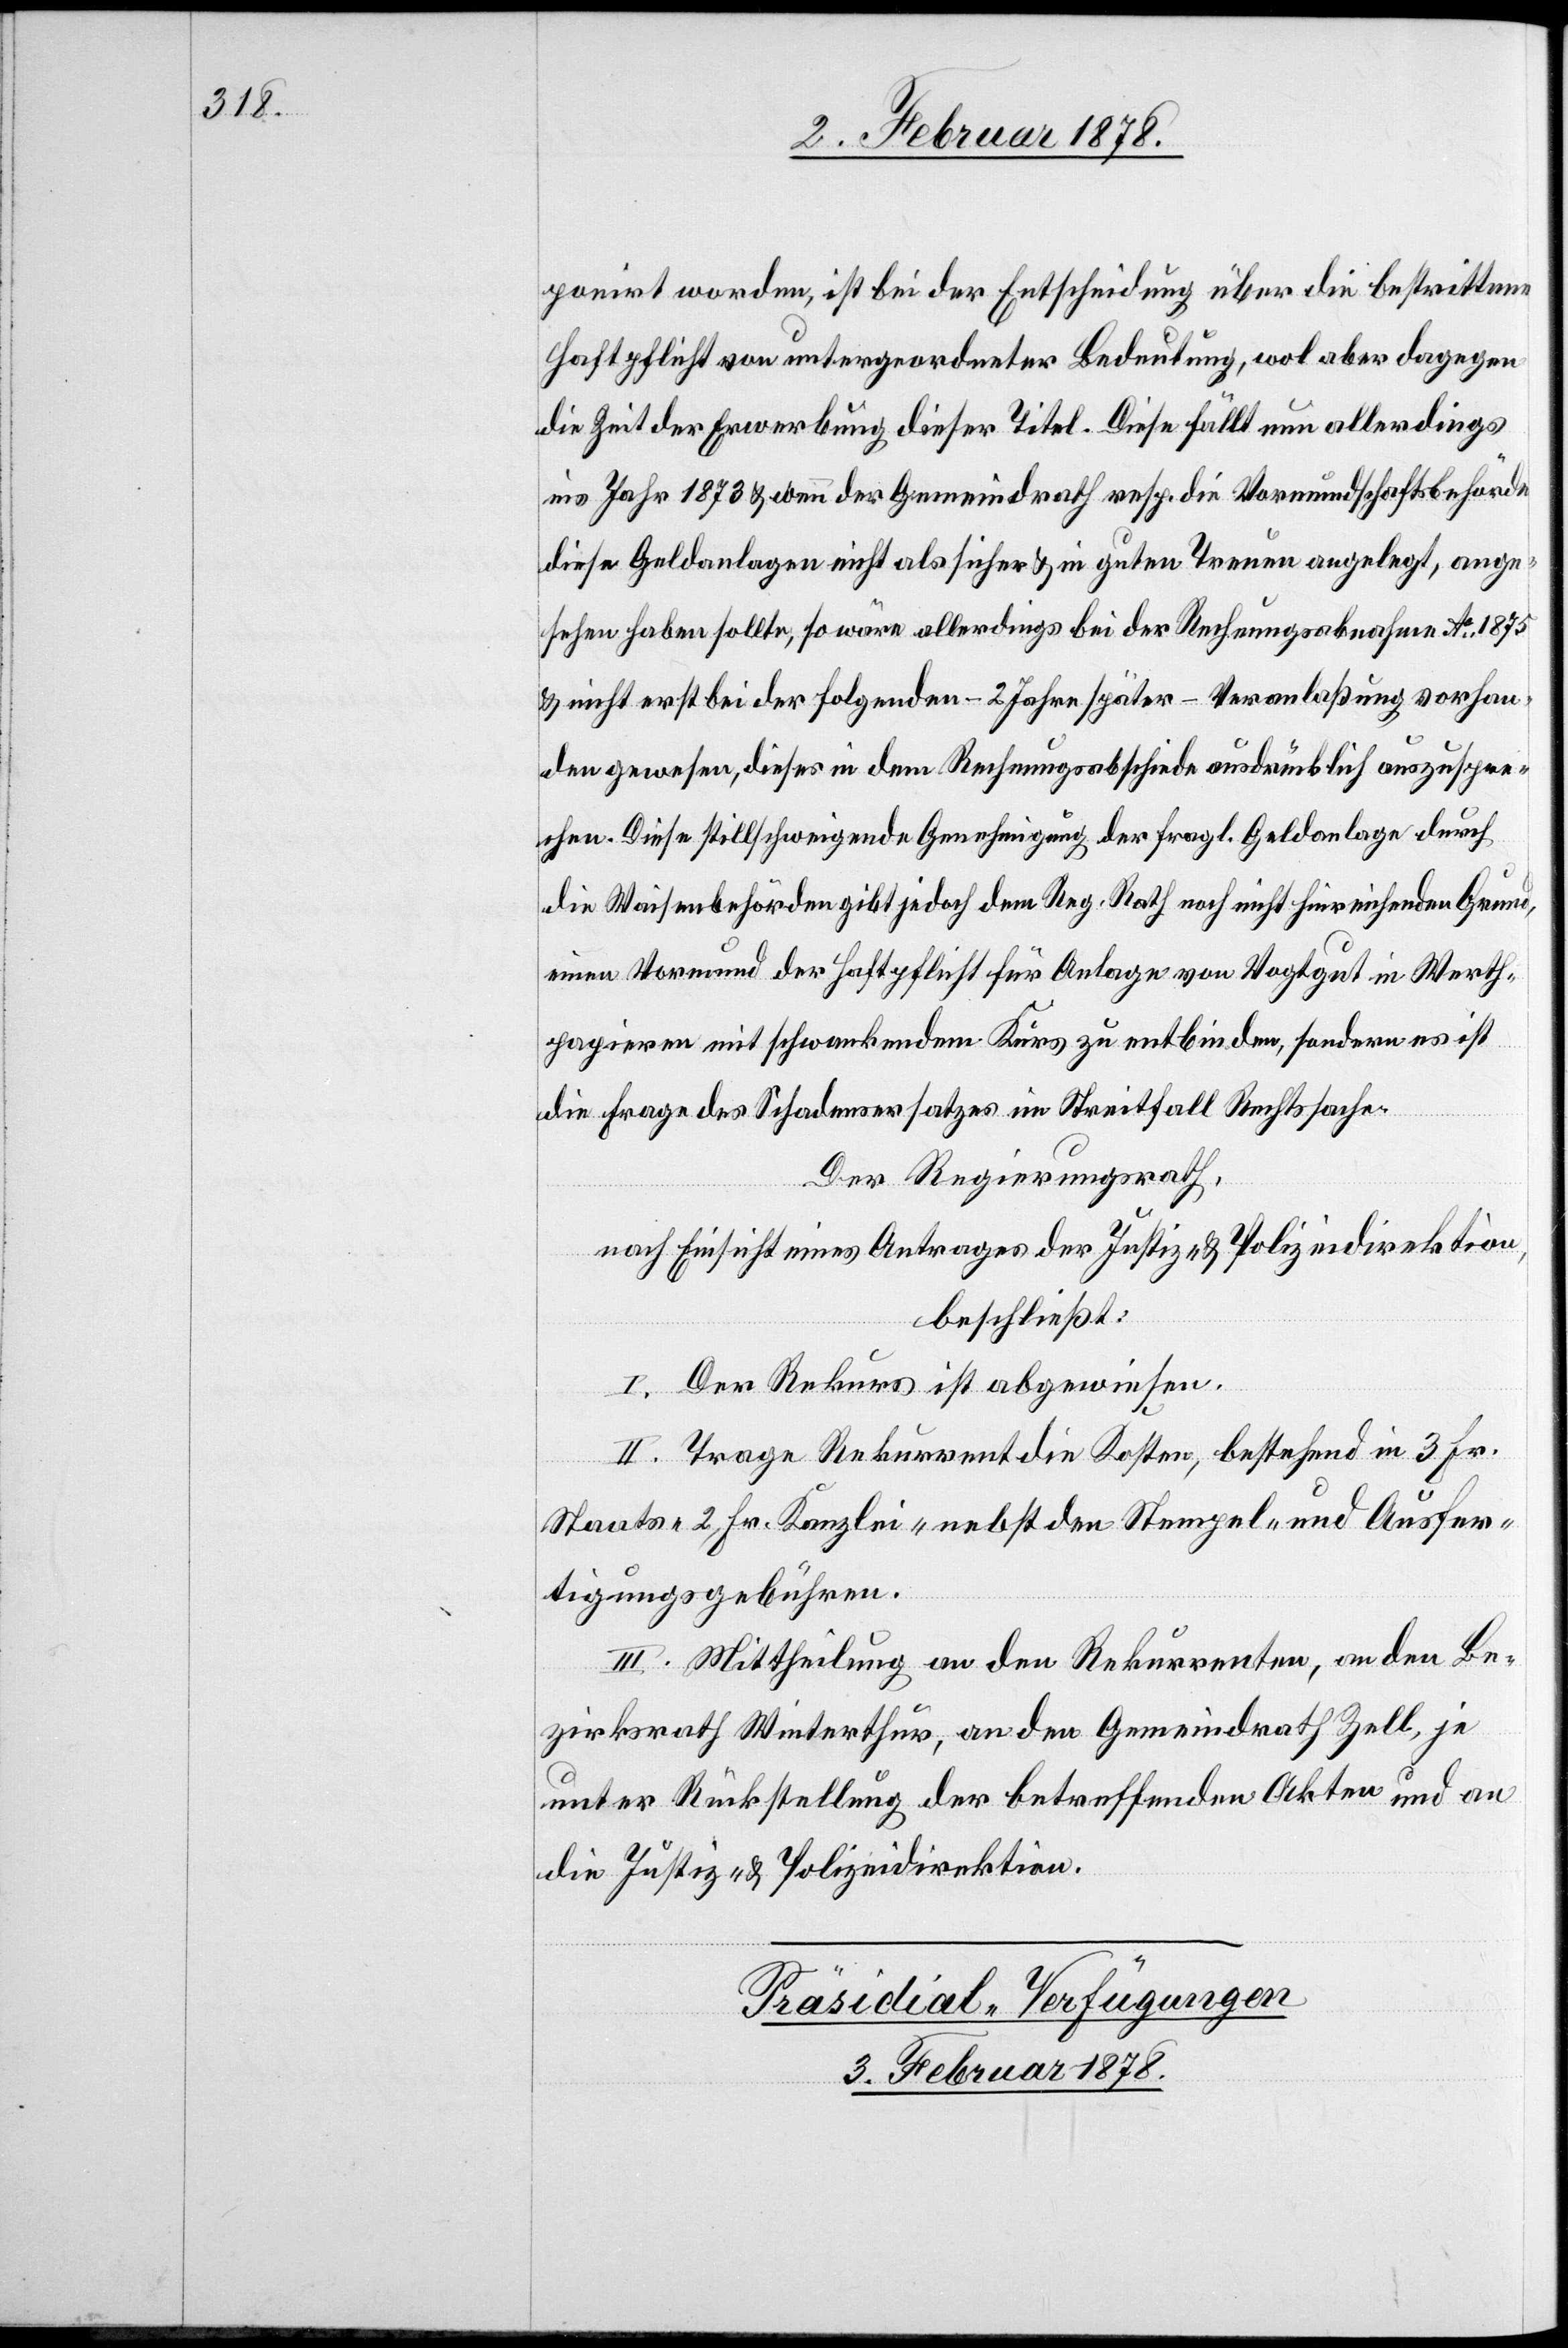
ponirt worden, ist bei der Entscheidung über die bestrittene
Haftpflicht von untergeordneter Bedeutung, wol aber dagegen
die Zeit der Erwerbung dieser Titel. Diese fällt nun allerdings
ins Jahr 1873 & wenn der Gemeindrath resp. die Vormundschaftsbehörde
diese Geldanlagen nicht als sicher & in guten Treuen angelegt, ange¬
sehen haben sollte, so wäre allerdings bei der Rechnungsabnahme Ao. 1875
& nicht erst bei der folgenden – 2 Jahre später – Veranlaßung vorhan¬
den gewesen, dieses in dem Rechnungsabschiede ausdrücklich auszuspre¬
chen. Diese stillschweigende Genehmigung der fragl. Geldanlage durch
die Waisenbehörden gibt jedoch dem Reg. Rath noch nicht hinreichenden Grund,
einen Vormund der Haftpflicht für Anlage von Vogtgut in Werth¬
papieren mit schwankendem Kurs zu entbinden, sondern es ist
die Frage des Schadenersatzes im Streitfall Rechtssache.
Der Regierungsrath,
nach Einsicht eines Antrages der Justiz- & Polizeidirektion,
beschließt:
I. Der Rekurs ist abgewiesen.
II. Trage Rekurrent die Kosten, bestehend in 3 Fr.
Staats-[,] 2 Fr. Kanzlei-[,] nebst den Stempel- und Ausfer¬
tigungsgebühren.
III. Mittheilung an den Rekurrenten, an den Be¬
zirksrath Winterthur, an den Gemeindrath Zell, je
unter Rückstellung der betreffenden Akten und an
die Justiz- & Polizeidirektion.
Präsidial-Verfügungen
3. Februar 1878.